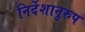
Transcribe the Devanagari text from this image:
निर्देशानुरुप